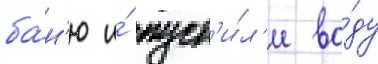
ба́н'ю и́ пуст'и́л'и во́ду